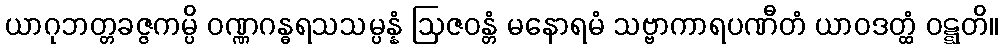
ယာဂုဘတ္တခဇ္ဇကမ္ပိ ဝဏ္ဏဂန္ဓရသသမ္ပန္နံ ဩဇဝန္တံ မနောရမံ သဗ္ဗာကာရပဏီတံ ယာဝဒတ္ထံ ဝဋ္ဋတိ။